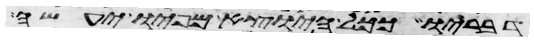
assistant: דבריו ככל היוצא מפיו יעשה